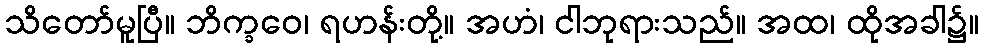
သိတော်မူပြီ။ ဘိက္ခဝေ၊ ရဟန်းတို့။ အဟံ၊ ငါဘုရားသည်။ အထ၊ ထိုအခါ၌။